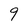
Character: 9